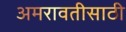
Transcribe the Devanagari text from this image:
अमरावतीसाठी